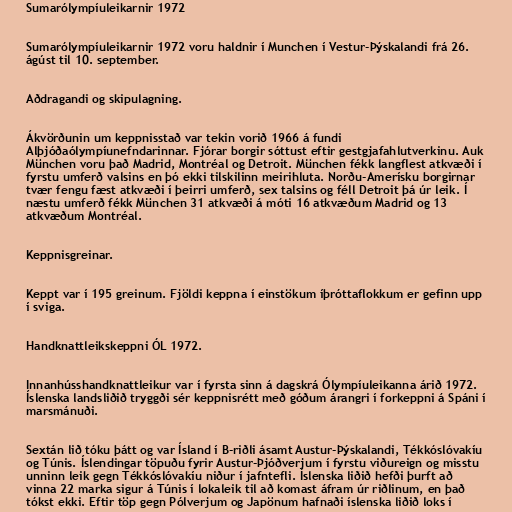
Sumarólympíuleikarnir 1972

Sumarólympíuleikarnir 1972 voru haldnir í Munchen í Vestur-Þýskalandi frá 26.
ágúst til 10. september.

Aðdragandi og skipulagning.

Ákvörðunin um keppnisstað var tekin vorið 1966 á fundi
Alþjóðaólympíunefndarinnar. Fjórar borgir sóttust eftir gestgjafahlutverkinu. Auk
München voru það Madrid, Montréal og Detroit. München fékk langflest atkvæði í
fyrstu umferð valsins en þó ekki tilskilinn meirihluta. Norðu-Amerísku borgirnar
tvær fengu fæst atkvæði í þeirri umferð, sex talsins og féll Detroit þá úr leik. Í
næstu umferð fékk München 31 atkvæði á móti 16 atkvæðum Madrid og 13
atkvæðum Montréal.

Keppnisgreinar.

Keppt var í 195 greinum. Fjöldi keppna í einstökum íþróttaflokkum er gefinn upp
í sviga.

Handknattleikskeppni ÓL 1972.

Innanhússhandknattleikur var í fyrsta sinn á dagskrá Ólympíuleikanna árið 1972.
Íslenska landsliðið tryggði sér keppnisrétt með góðum árangri í forkeppni á Spáni í
marsmánuði.

Sextán lið tóku þátt og var Ísland í B-riðli ásamt Austur-Þýskalandi, Tékkóslóvakíu
og Túnis. Íslendingar töpuðu fyrir Austur-Þjóðverjum í fyrstu viðureign og misstu
unninn leik gegn Tékkóslóvakíu niður í jafntefli. Íslenska liðið hefði þurft að
vinna 22 marka sigur á Túnis í lokaleik til að komast áfram úr riðlinum, en það
tókst ekki. Eftir töp gegn Pólverjum og Japönum hafnaði íslenska liðið loks í